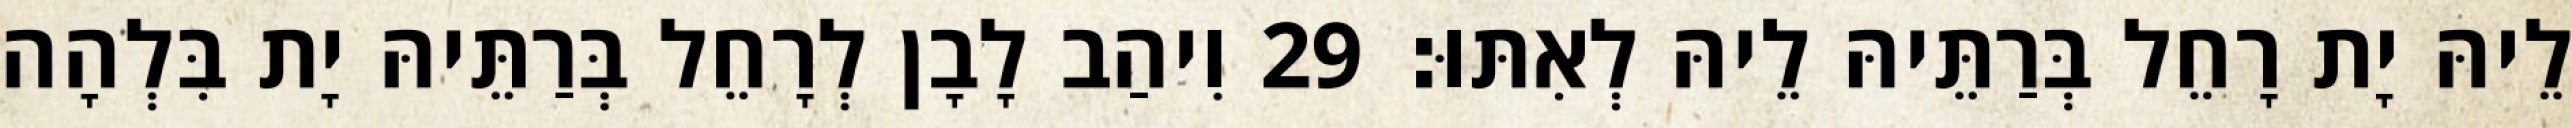
לֵיהּ יָת רָחֵל בְּרַתֵּיהּ לֵיהּ לְאִתּוּ׃ 29 וִיהַב לָבָן לְרָחֵל בְּרַתֵּיהּ יָת בִּלְהָה